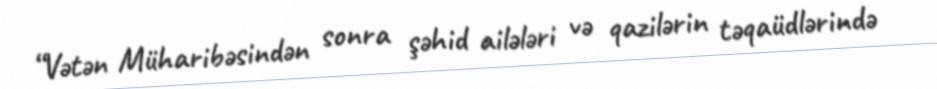
“Vətən Müharibəsindən sonra şəhid ailələri və qazilərin təqaüdlərində